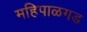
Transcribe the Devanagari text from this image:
महिपाळगड